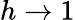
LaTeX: h\rightarrow 1